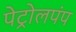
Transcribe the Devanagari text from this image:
पेट्रोलपंप